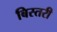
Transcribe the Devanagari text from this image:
बिस्तरी